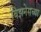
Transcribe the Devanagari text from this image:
बिझनेसच्या